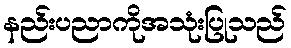
နည်းပညာကိုအသုံးပြုသည်